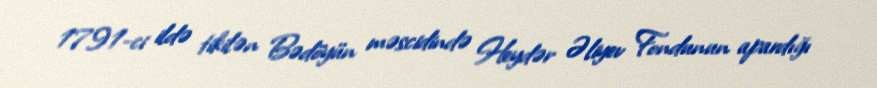
1791-ci ildə tikilən Bədöyün məscidində Heydər Əliyev Fondunun apardığı